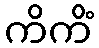
ကိကိံ